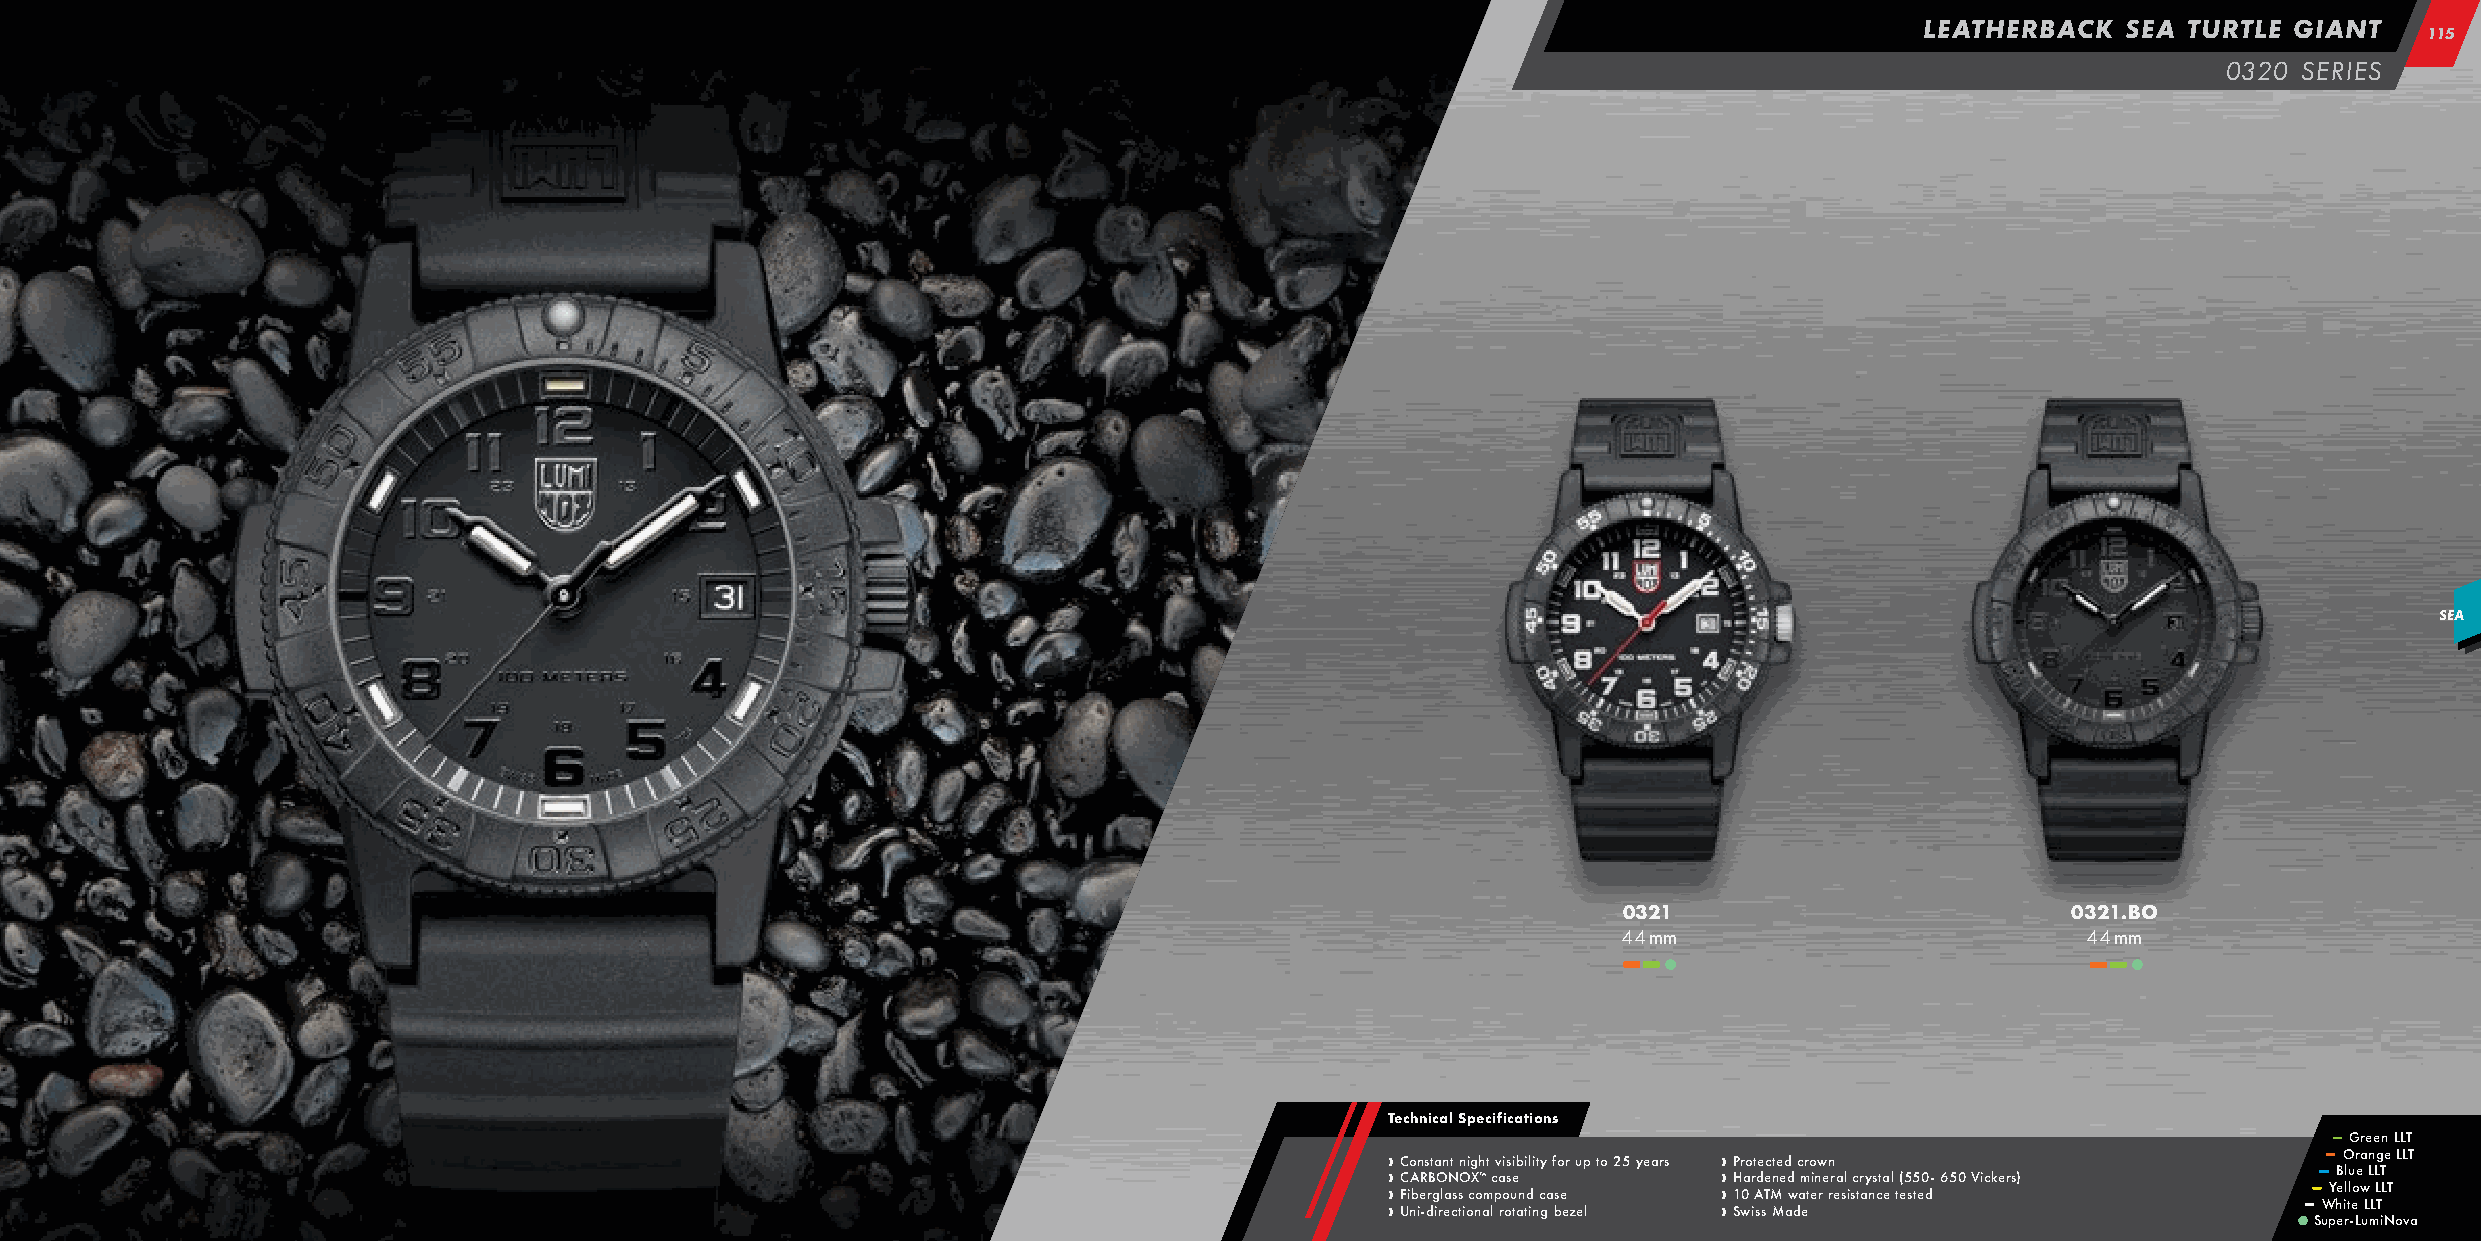
LEATHERBACK   SEA TURTLE GIANT
 111155
 0320 SERIES
 SEA
 0321                          0321.BO
 44 mm                          44 mm
 –– –– ••                       –– –– ••
 Technical Specifications
 –– Green LLT
 ›› ›› FC UC io A nb in eR -s r dBt ga iO rln a eNt cs s tOn i oi cg X noh ™ am t l c pv a roi oss uei tb ani tdl ii n t cy ga f bso e er z u ep l to 25 years › › › › P H 1 Sr w0ao r it A sde sTec M Mt ne e d ad w d c am er to einw re n rr ea sl isc tr ay ns cta el t( e5 s5 te0 d- 650 Vickers) –– ––
 S
 –– uW –– Y
 p
 hB e eO ill rtlu -eor Le wa
 u
 LLn
 m
 LL Lg TT iL Ne T oLL vT
 a